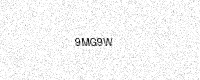
Text: 9MG9W